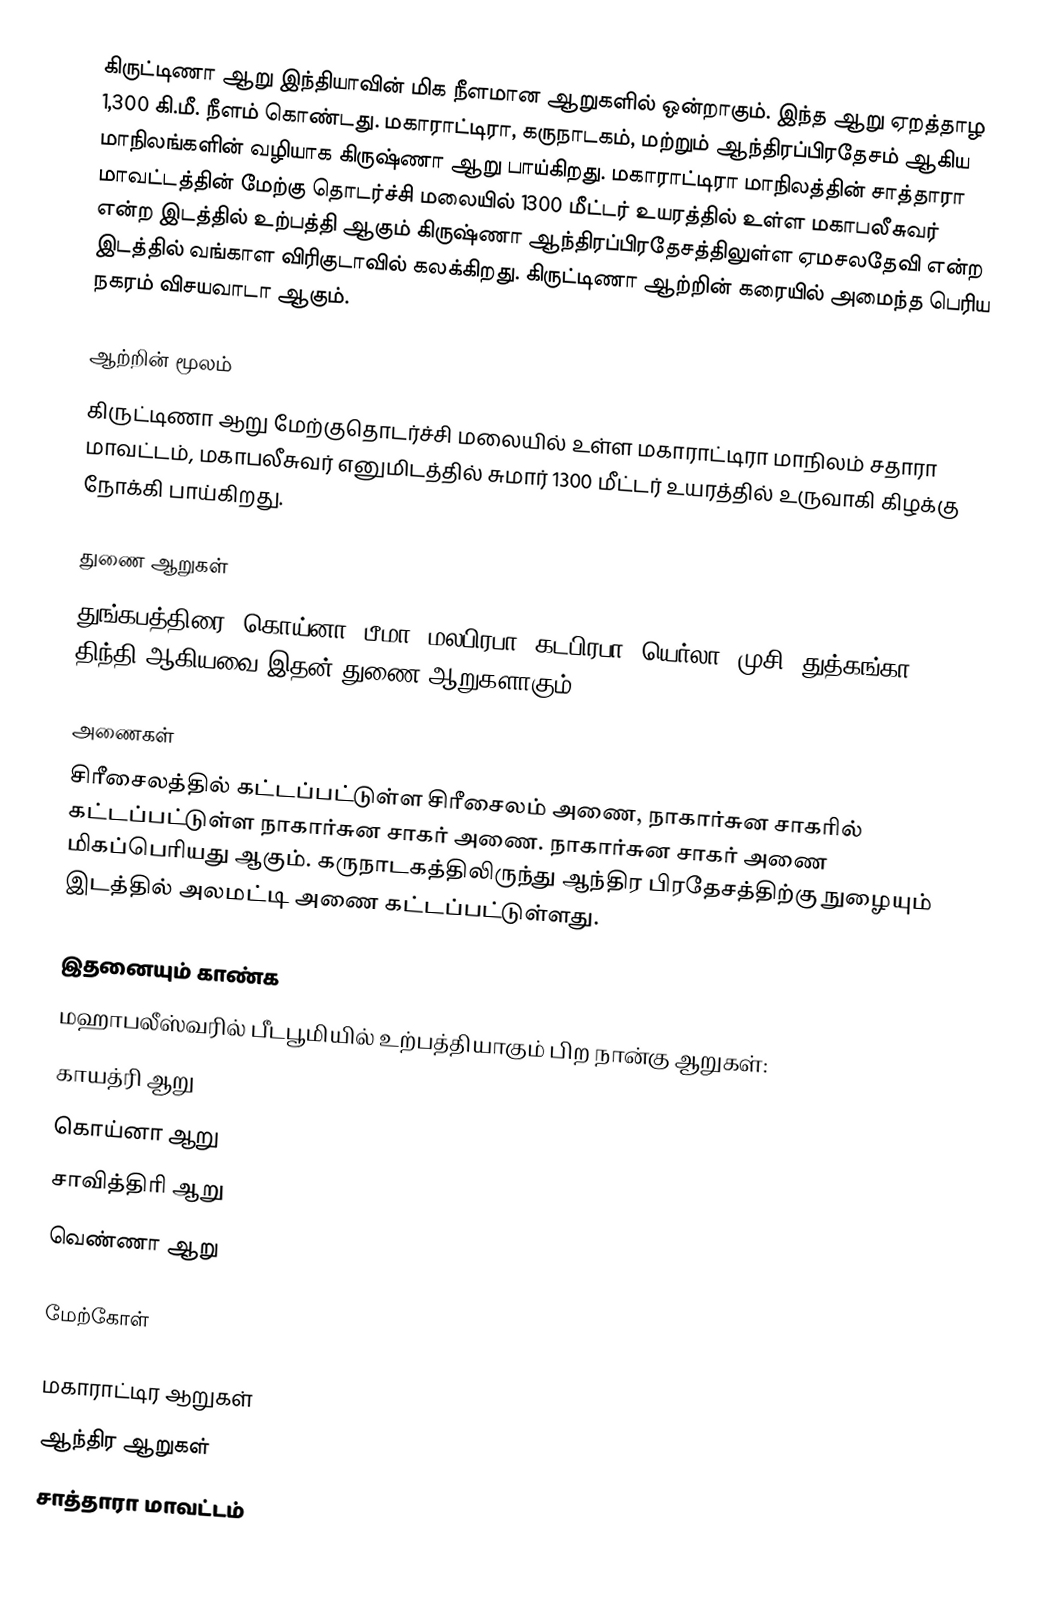
கிருட்டிணா ஆறு இந்தியாவின் மிக நீளமான ஆறுகளில் ஒன்றாகும். இந்த ஆறு ஏறத்தாழ 1,300 கி.மீ. நீளம் கொண்டது. மகாராட்டிரா, கருநாடகம், மற்றும் ஆந்திரப்பிரதேசம் ஆகிய மாநிலங்களின் வழியாக கிருஷ்ணா ஆறு பாய்கிறது. மகாராட்டிரா மாநிலத்தின் சாத்தாரா மாவட்டத்தின் மேற்கு தொடர்ச்சி மலையில் 1300 மீட்டர் உயரத்தில் உள்ள  மகாபலீசுவர் என்ற இடத்தில் உற்பத்தி ஆகும் கிருஷ்ணா ஆந்திரப்பிரதேசத்திலுள்ள ஏமசலதேவி என்ற இடத்தில் வங்காள விரிகுடாவில் கலக்கிறது. கிருட்டிணா ஆற்றின் கரையில் அமைந்த பெரிய நகரம் விசயவாடா ஆகும்.

ஆற்றின் மூலம்
கிருட்டிணா ஆறு மேற்குதொடர்ச்சி மலையில் உள்ள மகாராட்டிரா மாநிலம் சதாரா மாவட்டம்,  மகாபலீசுவர் எனுமிடத்தில் சுமார் 1300 மீட்டர் உயரத்தில் உருவாகி கிழக்கு நோக்கி பாய்கிறது.

துணை ஆறுகள்
துங்கபத்திரை, கொய்னா, பீமா, மலபிரபா, கடபிரபா, யெர்லா, முசி, துத்கங்கா, திந்தி ஆகியவை இதன் துணை ஆறுகளாகும்.

அணைகள்
சிரீசைலத்தில் கட்டப்பட்டுள்ள சிரீசைலம் அணை, நாகார்சுன சாகரில் கட்டப்பட்டுள்ள நாகார்சுன சாகர் அணை. நாகார்சுன சாகர் அணை மிகப்பெரியது ஆகும். கருநாடகத்திலிருந்து ஆந்திர பிரதேசத்திற்கு நுழையும் இடத்தில் அலமட்டி அணை கட்டப்பட்டுள்ளது.

இதனையும் காண்க
 மஹாபலீஸ்வரில் பீடபூமியில் உற்பத்தியாகும் பிற நான்கு ஆறுகள்:
 காயத்ரி ஆறு
 கொய்னா ஆறு
 சாவித்திரி ஆறு
 வெண்ணா ஆறு

மேற்கோள்

மகாராட்டிர ஆறுகள்
ஆந்திர ஆறுகள்
சாத்தாரா மாவட்டம்